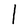
Character: I